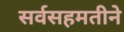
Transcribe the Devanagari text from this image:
सर्वसहमतीने